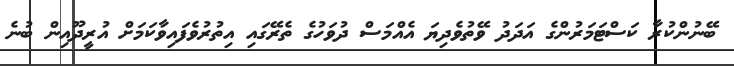
ބޭނުންކުރާ ކަސްޓަމަރުންގެ އަދަދު ވޭތުވެދިޔަ އެއްމަސް ދުވަހުގެ ތެރޭގައި އިތުރުވެފައިވާކަމަށް އުރީދޫއިން ބުނެ